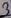
Text: 3